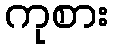
ကုစား